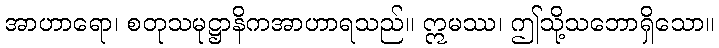
အာဟာရော၊ စတုသမုဋ္ဌာနိကအာဟာရသည်။ ဣမဿ၊ ဤသို့သဘောရှိသော။